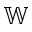
\mathbb { W }